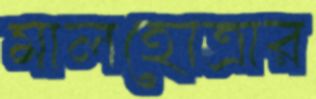
মালহোত্রার